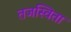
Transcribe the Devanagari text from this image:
तजस्विता